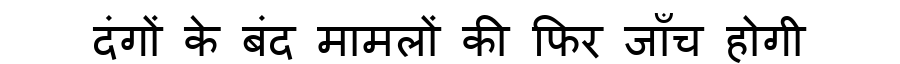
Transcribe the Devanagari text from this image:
दंगों के बंद मामलों की फिर जाँच होगी